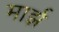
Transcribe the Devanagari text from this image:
मार्झ